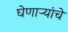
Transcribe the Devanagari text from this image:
घेणाऱ्यांचे